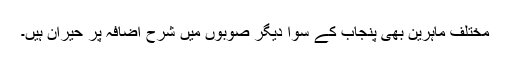
مختلف ماہرین بھی پنجاب کے سوا دیگر صوبوں میں شرح اضافہ پر حیران ہیں۔